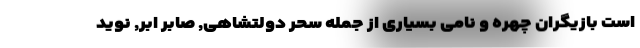
است بازیگران چهره و نامی بسیاری از جمله سحر دولتشاهی, صابر ابر, نوید